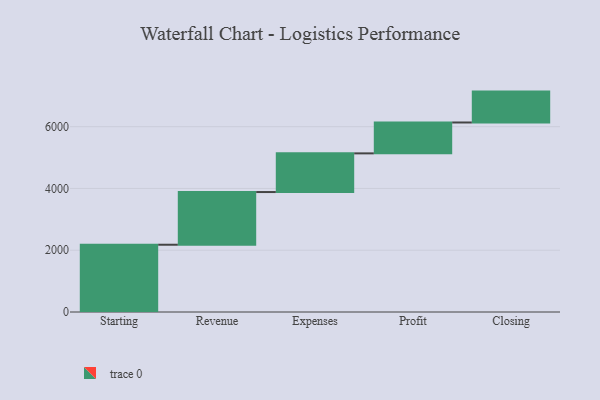
{"axis": {"x": "Step", "y": "Value"}, "legend": [""], "data": [{"x": "Starting", "y": 2178.0, "type": ""}, {"x": "Revenue", "y": 1706.0, "type": ""}, {"x": "Expenses", "y": 1252.0, "type": ""}, {"x": "Profit", "y": 1000, "type": ""}, {"x": "Closing", "y": 1000, "type": ""}]}